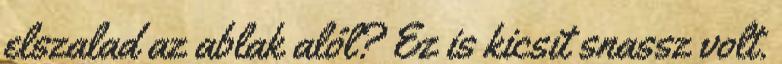
elszalad az ablak alól? Ez is kicsit snassz volt.